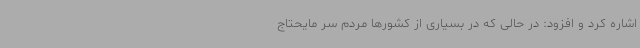
اشاره کرد و افزود: در حالی که در بسیاری از کشورها مردم سر مایحتاج